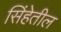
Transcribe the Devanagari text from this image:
सिंहेतील